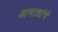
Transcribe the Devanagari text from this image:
आमट्यांचे